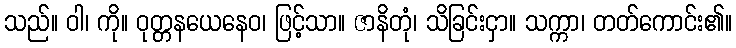
သည်။ ဝါ၊ ကို။ ဝုတ္တနယေနေဝ၊ ဖြင့်သာ။ ဇာနိတုံ၊ သိခြင်းငှာ။ သက္ကာ၊ တတ်ကောင်း၏။